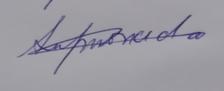
Signature authenticity: genuine